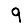
Digit: 9